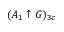
( A _ { 1 } \uparrow G ) _ { 3 c }